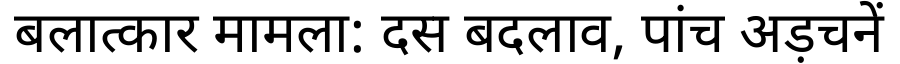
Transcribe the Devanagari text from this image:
बलात्कार मामला: दस बदलाव, पांच अड़चनें